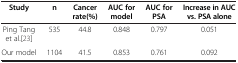
<table><thead><tr><td><b>Study</b></td><td><b>n</b></td><td><b>Cancer rate(%)</b></td><td><b>AUC for model</b></td><td><b>AUC for PSA</b></td><td><b>Increase in AUC vs. PSA alone</b></td></tr></thead><tbody><tr><td>Ping Tang et al.[23]</td><td>535</td><td>44.8</td><td>0.848</td><td>0.797</td><td>0.051</td></tr><tr><td>Our model</td><td>1104</td><td>41.5</td><td>0.853</td><td>0.761</td><td>0.092</td></tr></tbody></table>